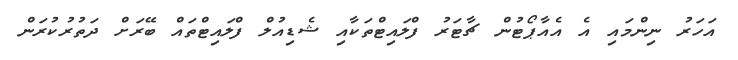
އަހަރު ނިންމައި އެ އެއާޕޯޓުން ޗާޓަރު ފްލައިޓްތަކާއި ޝެޑިއުލް ފްލައިޓްތައް ބޭރަށް ދަތުރުކުރަން